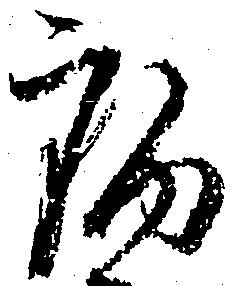
病